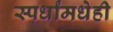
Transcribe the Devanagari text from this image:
स्पर्धांमधेही